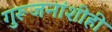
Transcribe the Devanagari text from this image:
गुरूजनांशीही